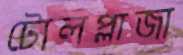
টোলপ্লাজা